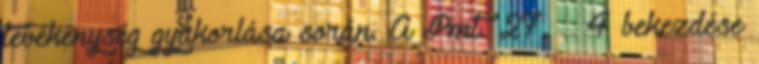
tevékenység gyakorlása során. A Pmt. 27. § 4 bekezdése